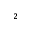
_ 2